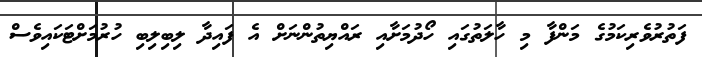
ފަތުރުވެރިކަމުގެ މަންފާ މި ހާލަތުގައި ހޯދުމަށާއި ރައްޔިތުންނަށް އެ ފައިދާ ލިބިލިބި ހުރުމަށްޓަކައިވެސް